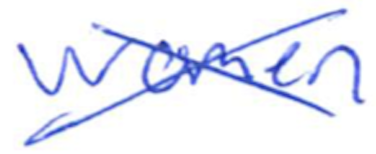
Text: women
Cross-out: cross
Writing tool: ballpoint